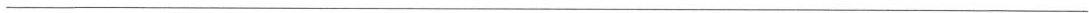
___